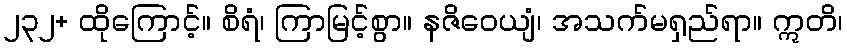
၂၃၂+ ထိုကြောင့်။ စိရံ၊ ကြာမြင့်စွာ။ နဇိဝေယျံ၊ အသက်မရှည်ရာ။ ဣတိ၊